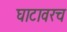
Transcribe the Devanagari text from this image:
घाटावरच